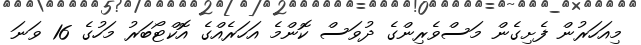
މިއަހަރުން ފެށިގެން މަސްވެރިންގެ ދުވަސް ކޮންމެ އަހަރެއްގެ އޮކްޓޯބަރު މަހުގެ 16 ވަނަ